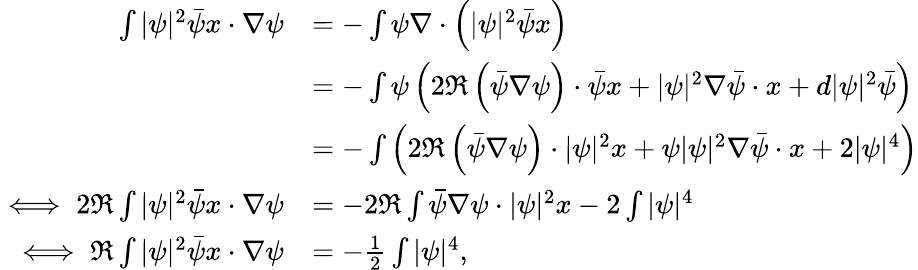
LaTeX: \begin{array}{rl}{\int|\psi|^{2}\bar{\psi}x\cdot\nabla\psi}&{=-\int\psi\nabla\cdot\left(|\psi|^{2}\bar{\psi}x\right)}\\ &{=-\int\psi\left(2\Re\left(\bar{\psi}\nabla\psi\right)\cdot\bar{\psi}x+|\psi|^{2}\nabla\bar{\psi}\cdot x+d|\psi|^{2}\bar{\psi}\right)}\\ &{=-\int\left(2\Re\left(\bar{\psi}\nabla\psi\right)\cdot|\psi|^{2}x+\psi|\psi|^{2}\nabla\bar{\psi}\cdot x+2|\psi|^{4}\right)}\\ {\iff 2\Re\int|\psi|^{2}\bar{\psi}x\cdot\nabla\psi}&{=-2\Re\int\bar{\psi}\nabla\psi\cdot|\psi|^{2}x-2\int|\psi|^{4}}\\ {\iff\Re\int|\psi|^{2}\bar{\psi}x\cdot\nabla\psi}&{=-\frac{1}{2}\int|\psi|^{4},}\end{array}